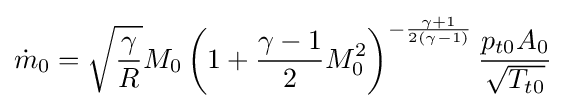
{\dot {m}}_{0}={\sqrt {\frac {\gamma }{R}}}M_{0}\left(1+{\frac {\gamma -1}{2}}M_{0}^{2}\right)^{-{\frac {\gamma +1}{2(\gamma -1)}}}{\frac {p_{t0}A_{0}}{\sqrt {T_{t0}}}}